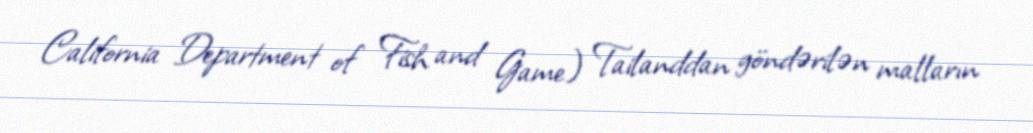
California Department of Fish and Game) Tailanddan göndərilən malların